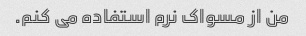
من از مسواک نرم استفاده می کنم.